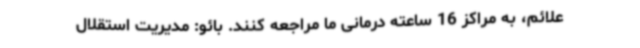
علائم، به مراکز 16 ساعته درمانی ما مراجعه کنند. بائو: مدیریت استقلال